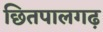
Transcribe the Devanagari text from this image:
छितपालगढ़